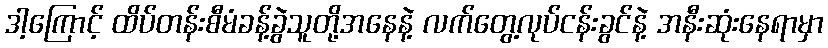
ဒါ့ကြောင့် ထိပ်တန်းစီမံခန့်ခွဲသူတို့အနေနဲ့ လက်တွေ့လုပ်ငန်းခွင်နဲ့ အနီးဆုံးနေရာမှာ